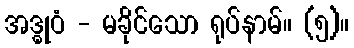
အဒ္ဓုဝံ - မခိုင်သော ရုပ်နာမ်။ (၅)။